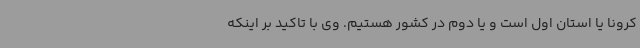
کرونا یا استان اول است و یا دوم در کشور هستیم. وی با تاکید بر اینکه